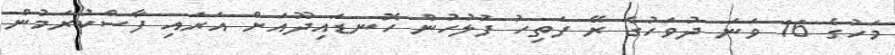
މަހުގެ 16 ވަނަ ދުވަހުގެ ރޭ ފަތިހު ފުލުހުން ހޮނޑައިދޫއަށް އަރައި ފާސްކުރަމުން